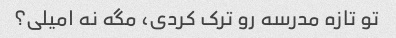
تو تازه مدرسه رو ترک کردی، مگه نه امیلی؟